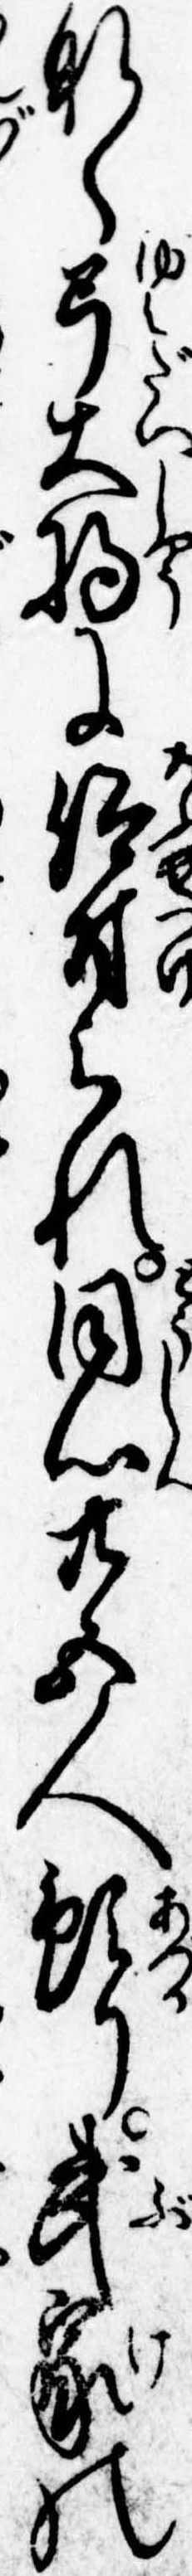
なく弓大将に仰付られ同心廿五人預り武家の